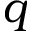
q